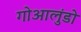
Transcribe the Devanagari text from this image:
गोआलुंडो